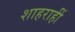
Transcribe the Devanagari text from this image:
शाहराहीं